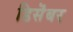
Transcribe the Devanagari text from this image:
डिसॆंबर